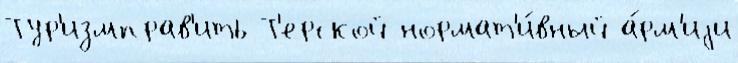
Тур'измправ'ить Т'ерской нормат'и́вный а́рм'иjи